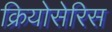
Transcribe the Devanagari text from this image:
क्रियोसेरिस